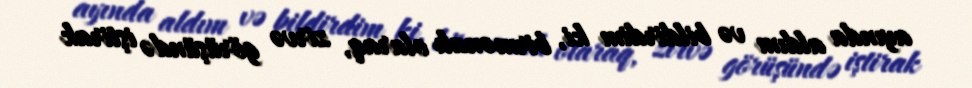
ayında aldım və bildirdim ki, birmənalı olaraq, zirvə görüşündə iştirak